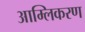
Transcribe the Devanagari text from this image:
आम्लिकरण